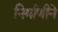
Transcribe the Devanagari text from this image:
निर्माणीने